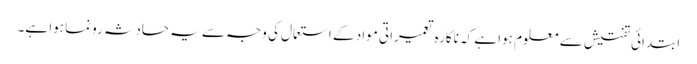
ابتدائی تفتیش سے معلوم ہوا ہے کہ ناکارہ تعمیراتی مواد کے استعمال کی وجہ سے یہ حادثہ رونما ہوا ہے۔